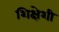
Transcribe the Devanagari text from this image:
शिक्षेशी